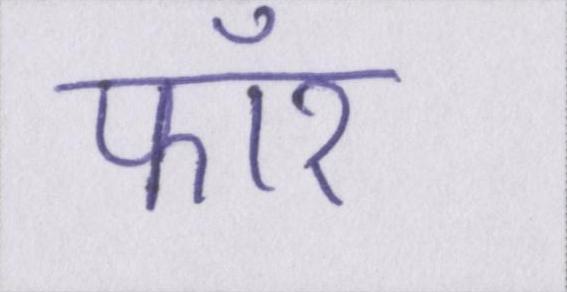
फॉर